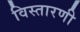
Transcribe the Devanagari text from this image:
विस्तारणी